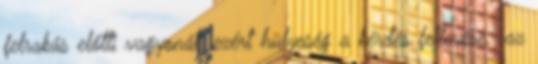
felrakás előtti vagyonát .ezért hülyeség a kérdés feltevése. .az